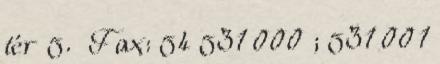
tér 5. Fax: 54 531 000 ; 531 001